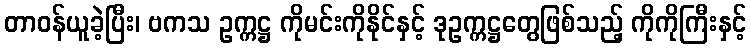
တာဝန်ယူခဲ့ပြီး၊ ဗကသ ဥက္ကဋ္ဌ ကိုမင်းကိုနိုင်နှင့် ဒုဥက္ကဋ္ဌတွေဖြစ်သည့် ကိုကိုကြီးနှင့်